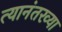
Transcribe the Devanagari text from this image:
त्यानंतरव्या